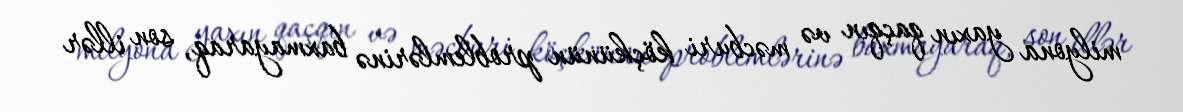
milyona yaxın qaçqın və məcburi köçkünün problemlərinə baxmayaraq, son illər